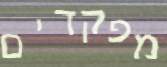
מפקדים